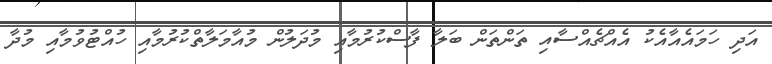
އަދި ހަމައެއާއެކު އެއްޗެއްސާއި ތަންތަން ބަލާ ފާސްކުރުމާއި މުދަލުން މުއާމަލާތްކުރުމާއި ހުއްޓުވުމާއި މުދާ